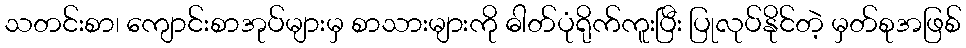
သတင်းစာ၊ ကျောင်းစာအုပ်များမှ စာသားများကို ဓါတ်ပုံရိုက်ကူးပြီး ပြုလုပ်နိုင်တဲ့ မှတ်စုအဖြစ်